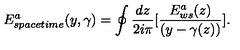
E _ { s p a c e t i m e } ^ { a } ( y , \gamma ) = \oint { \frac { d z } { 2 i \pi } } \lbrack { \frac { E _ { w s } ^ { a } ( z ) } { ( y - \gamma ( z ) ) } } \rbrack .